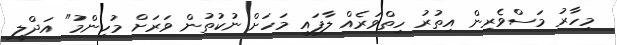
މިހާރު މަސްވެރިން އިތުރު ހިތްވަރެއް ލާފައި މަހަށް ނުކުތުން ވަރަށް މުހިންމު" އަދްލީ